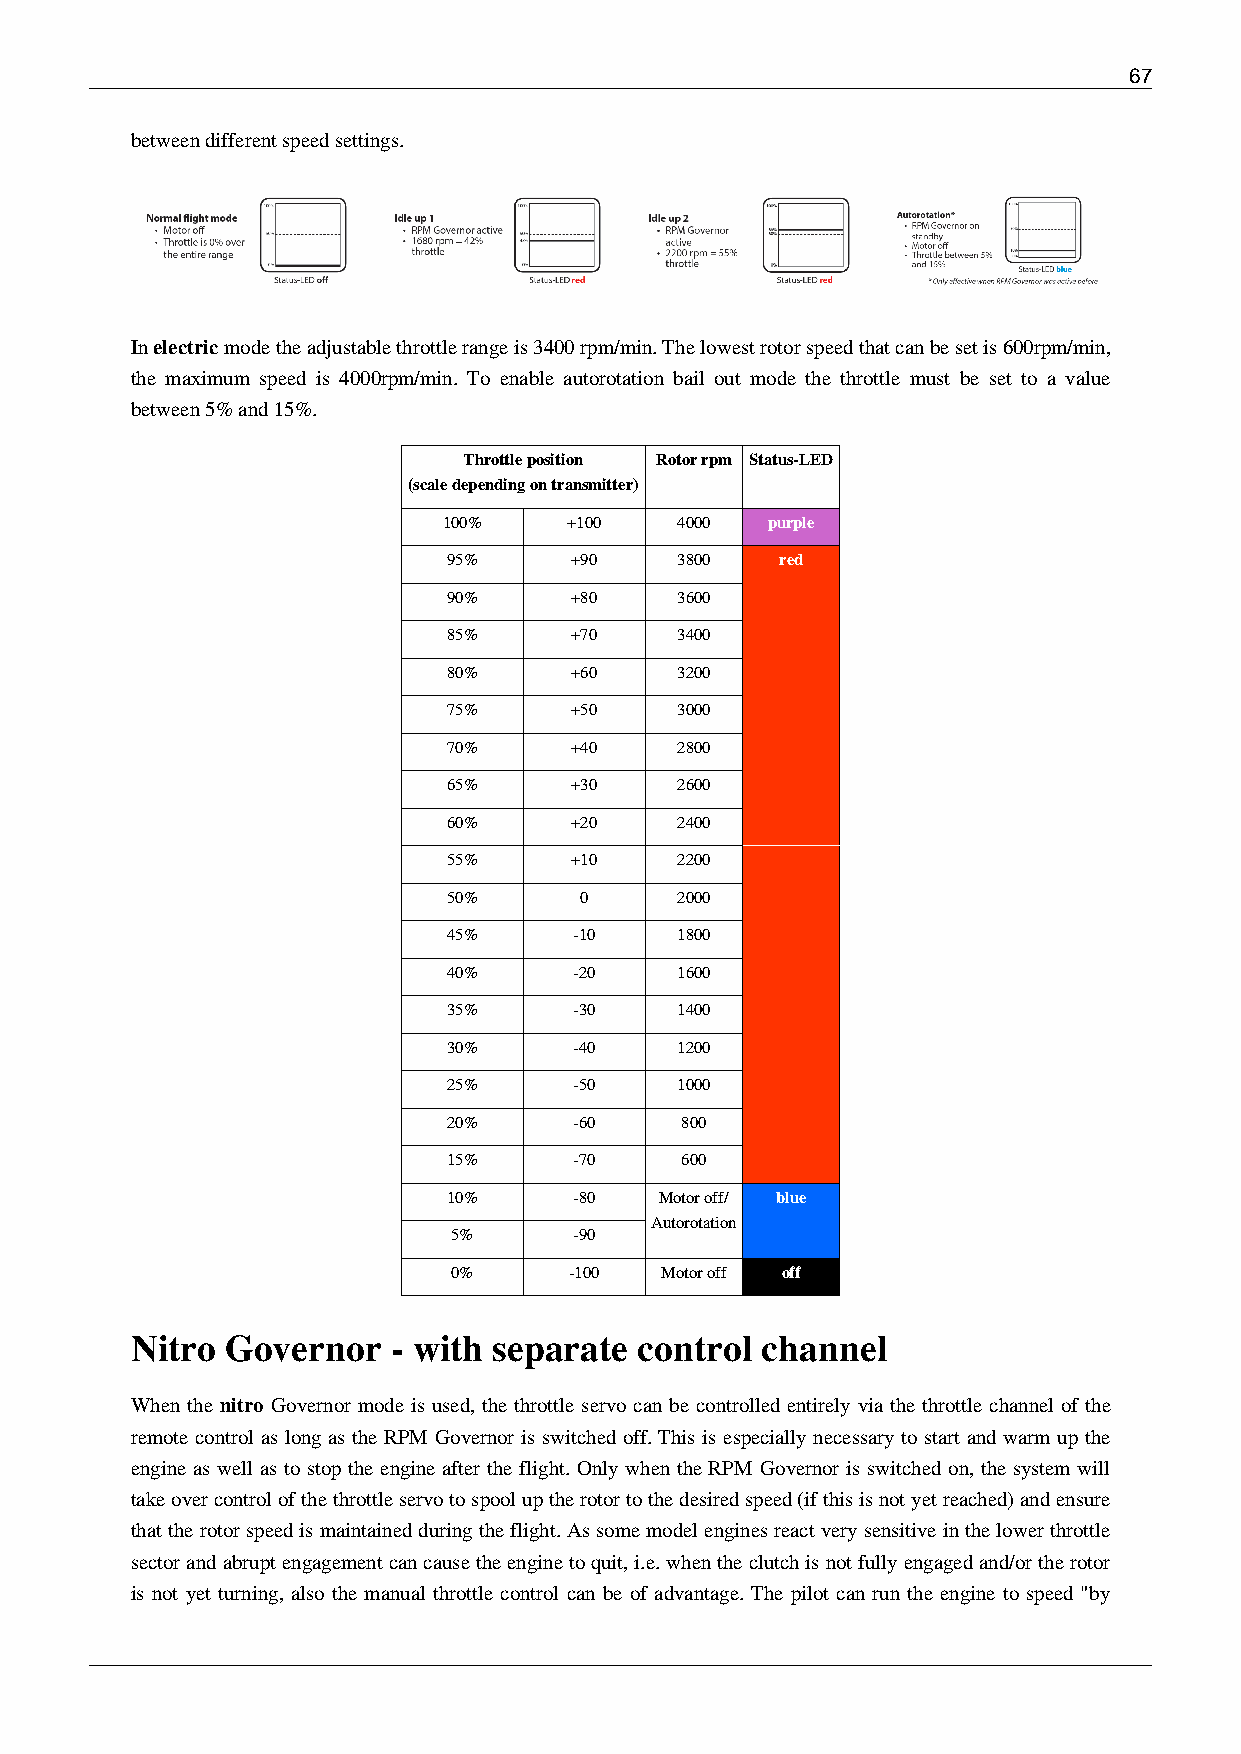
67
 between different speed settings.
 In electric mode the adjustable throttle range is 3400 rpm/min. The lowest rotor speed that can be set is 600rpm/min,
 the maximum speed is 4000rpm/min. To enable autorotation bail out mode the throttle must be set to a value
 between 5% and 15%.
 Throttle position Rotor rpm Status-LED
 (scale depending on transmitter)
 100%     +100   4000  purple
 95%     +90    3800   red
 90%     +80    3600
 85%     +70    3400
 80%     +60    3200
 75%     +50    3000
 70%     +40    2800
 65%     +30    2600
 60%     +20    2400
 55%     +10    2200
 50%     0      2000
 45%     -10    1800
 40%     -20    1600
 35%     -30    1400
 30%     -40    1200
 25%     -50    1000
 20%     -60    800
 15%     -70    600
 10%     -80   Motor off/ blue
 Autorotation
 5%      -90
 0%      -100  Motor off off
 Nitro Governor   - with separate control channel
 When the nitro Governor mode is used, the throttle servo can be controlled entirely via the throttle channel of the
 remote control as long as the RPM Governor is switched off. This is especially necessary to start and warm up the
 engine as well as to stop the engine after the flight. Only when the RPM Governor is switched on, the system will
 take over control of the throttle servo to spool up the rotor to the desired speed (if this is not yet reached) and ensure
 that the rotor speed is maintained during the flight. As some model engines react very sensitive in the lower throttle
 sector and abrupt engagement can cause the engine to quit, i.e. when the clutch is not fully engaged and/or the rotor
 is not yet turning, also the manual throttle control can be of advantage. The pilot can run the engine to speed "by